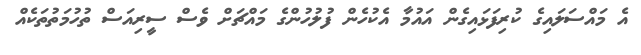
އެ މައްސަލައިގެ ކުރިފަޅައިގެން އައުމާ އެކުހެން ފުލުހުންގެ މައްޗަށް ވެސް ސީރިއަސް ތުހުމަތުތަކެއް